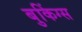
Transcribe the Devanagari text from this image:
बुकिंग्स